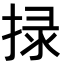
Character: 𢮑